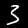
Label: 3